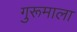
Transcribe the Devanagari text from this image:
गुरूमाला